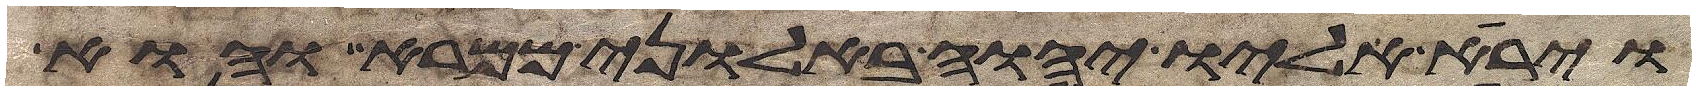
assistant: וירא אליו יהוה באלוני ממרא והוא